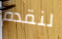
لنقدم